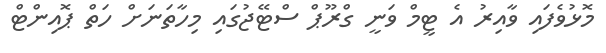
މޮޅުވެފައި ވާއިރު އެ ޓީމް ވަނީ ގްރޫޕް ސްޓޭޖުގައި މިހާތަނަށް ހަތް ޕޮއިންޓް